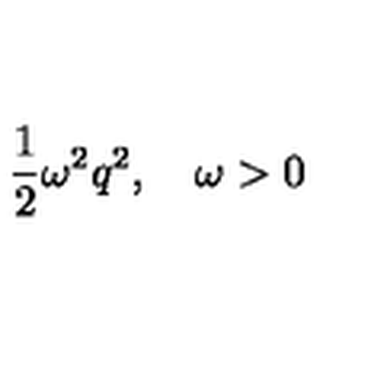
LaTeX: { \frac { 1 } { 2 } } \omega ^ { 2 } q ^ { 2 } , \quad \omega > 0